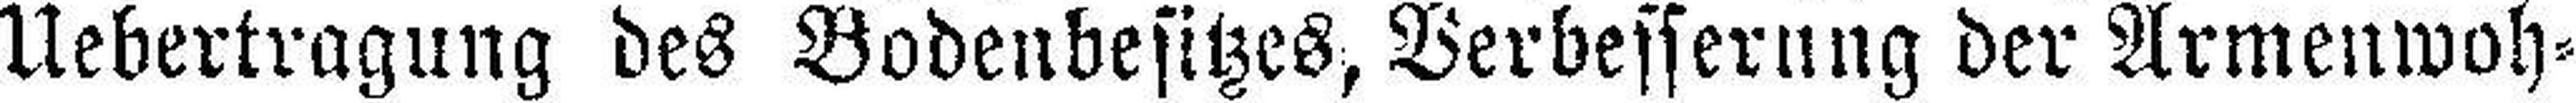
Uebertragung des Bodenbesitzes, Verbesserung der Armenwoh¬